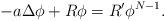
LaTeX: \begin{align*}-a\Delta\phi + R\phi = R'\phi^{N-1}.\end{align*}